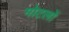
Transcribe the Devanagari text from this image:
मोटलों